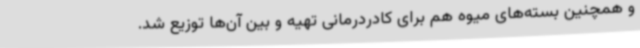
و همچنین بسته‌های میوه هم برای کادردرمانی تهیه و بین آن‌ها توزیع شد.